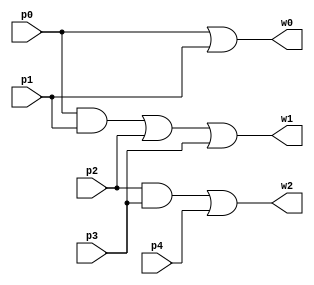


module Comp5p3(w0, w1, w2, p0, p1, p2, p3, p4); //{p0+p1, p0p1+p2+p3, p2p3+p4}

input p0, p1, p2, p3, p4;
output w0, w1, w2;
wire r0, r1, r2;

or or_1(w0, p0, p1);

and and_1(r0, p0, p1);
or or_2(r1, r0, p2);
or or_3(w1, r1, p3);

and and_2(r2, p2, p3);
or or_4(w2, r2, p4);

endmodule